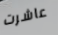
عاشرت